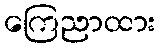
ကြေညာထား